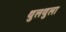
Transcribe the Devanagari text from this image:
थुलथुला